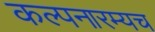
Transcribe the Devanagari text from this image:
कल्पनारम्यच